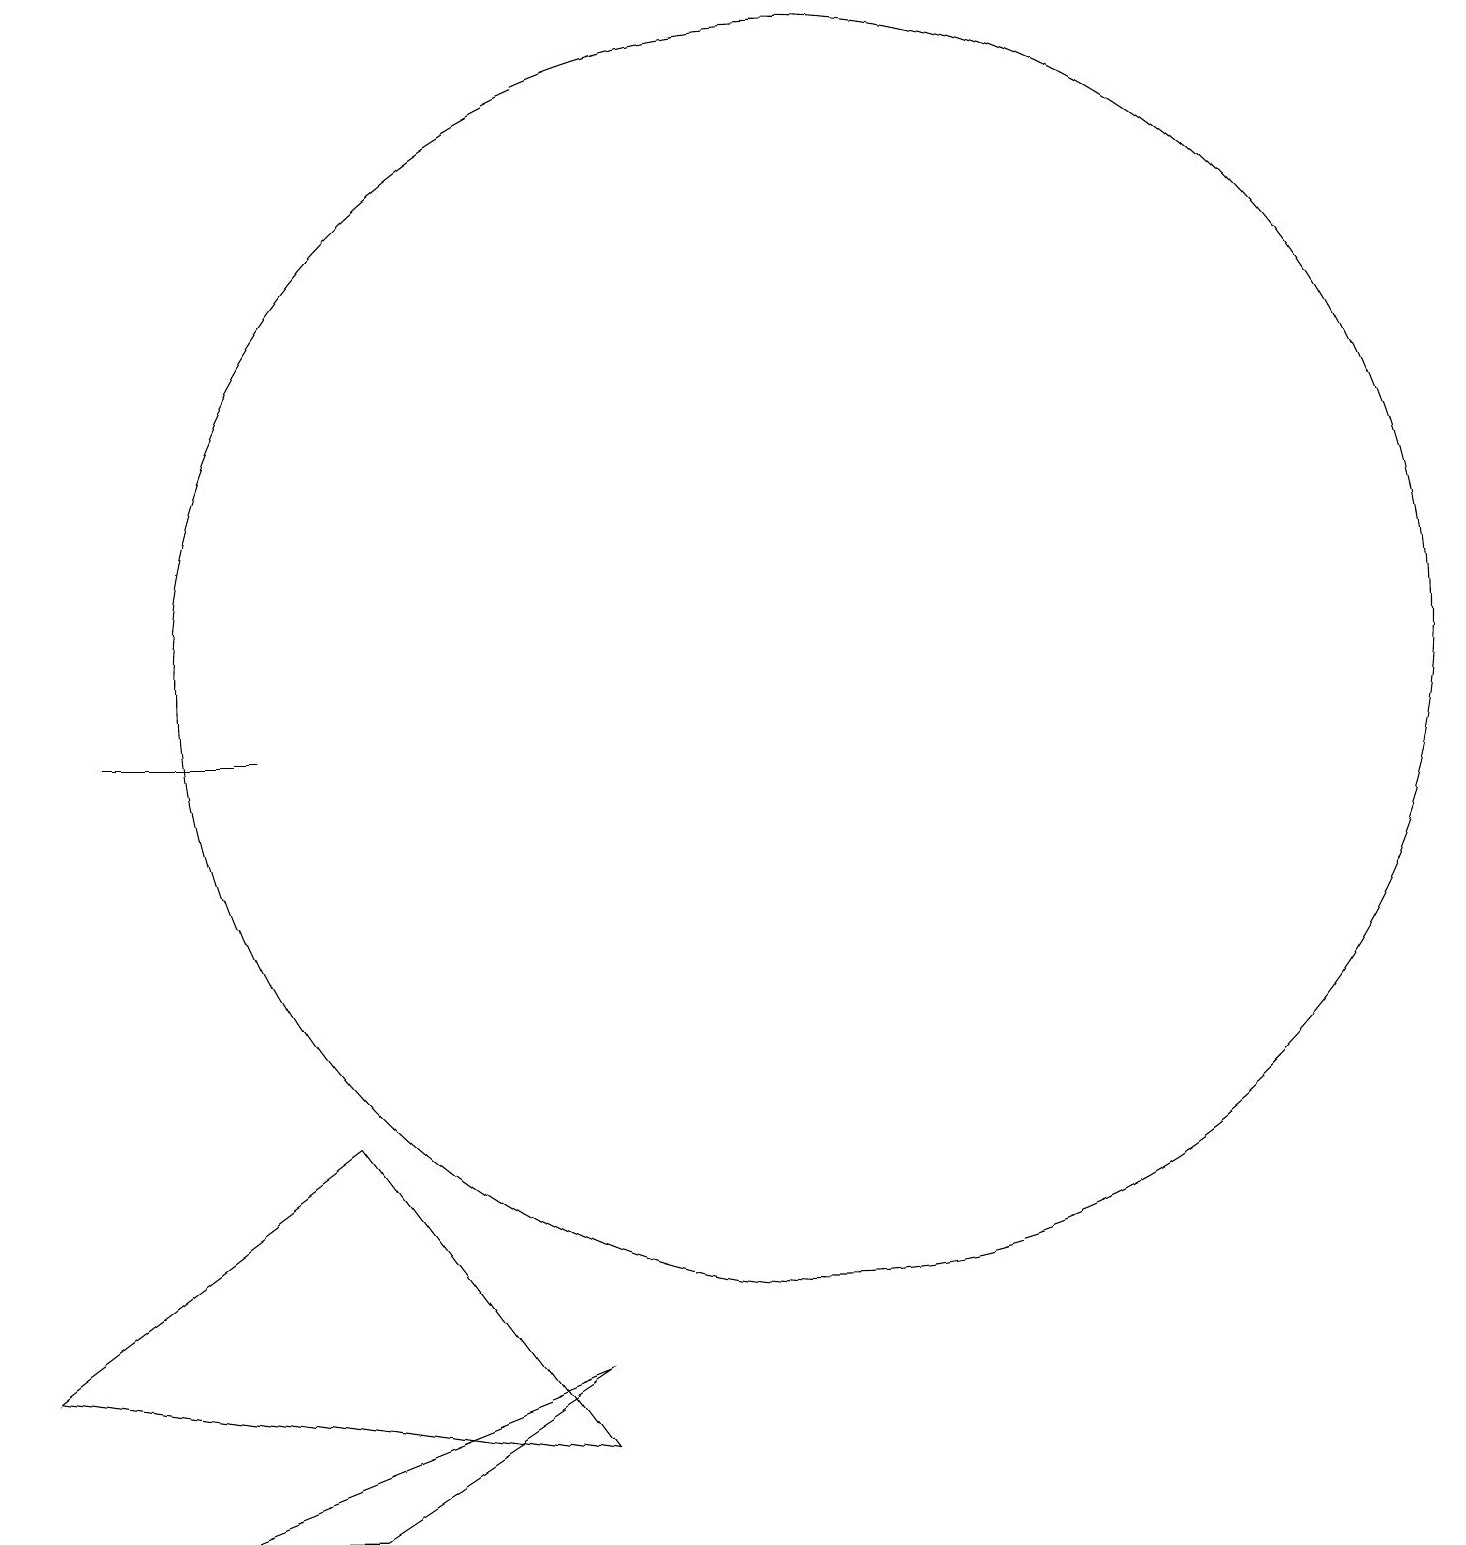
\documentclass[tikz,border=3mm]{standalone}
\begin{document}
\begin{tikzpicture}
\draw (5,10) rectangle (3,10);
\draw (12,11) circle (8);
\draw (6,5) -- (2,2) -- (9,1) -- cycle;
\draw (9,2) -- (6,0) -- (4,0) -- cycle;
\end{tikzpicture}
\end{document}